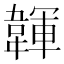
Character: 韗